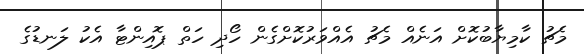
މެޗު ކާމިޔާބުކޮށް އަނެއް މެޗު އެއްވަރުކޮށްގެން ހޯދި ހަތް ޕޮއިންޓާ އެކު ލަނޑުގެ